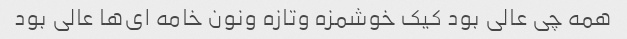
همه چی عالی بود کیک خوشمزه وتازه ونون خامه ای‌ها عالی بود